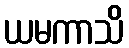
ယမကာသိ